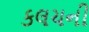
કલચની